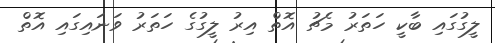
ލީގުގައި ބާކީ ހަތަރު މެޗު އޮތް އިރު ލީގުގެ ހަތަރު ވަނައިގައި އޮތް